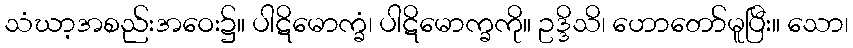
သံဃာ့အစည်းအဝေး၌။ ပါဋိမောက္ခံ၊ ပါဋိမောက္ခကို။ ဥဒ္ဒိသိ၊ ဟောတော်မူပြီး။ သော၊